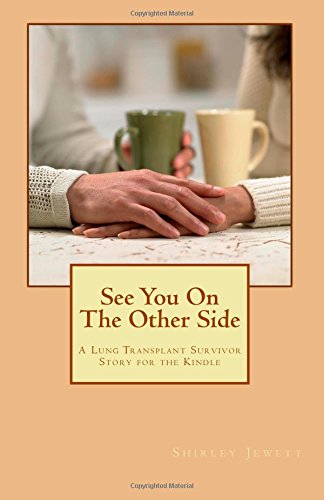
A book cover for See You on the Other Side: A Lung Transplant Survivor Story; Shirley E. Jewett; Health, Fitness & Dieting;